Code of medical and sanitary regulations for the guidance of medical officers serving in the Madras Presidency - Volume II
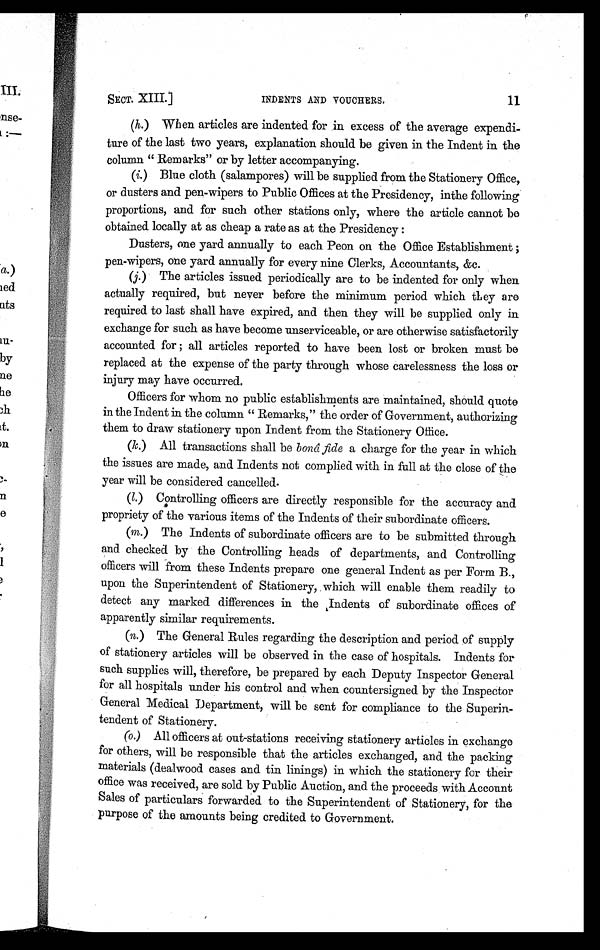
SECT. XIII.]
INDENTS AND VOUCHERS.
11
(h.) When articles are indented for in excess of the average expendi-
ture of the last two years, explanation should be given in the Indent in the
column " Remarks" or by letter accompanying.
(h.)
(i.) Blue cloth (salampores) will be supplied from the Stationery Office,
or dusters and pen-wipers to Public Offices at the Presidency, inthe following
proportions, and for such other stations only, where the article cannot be
obtained locally at as cheap a rate as at the Presidency :
Dusters, one yard annually to each Peon on the Office Establishment ;
pen-wipers, one yard annually for every nine Clerks, Accountants, &c.
(j.) The articles issued periodically are to be indented for only when
actually required, but never before the minimum period which they are
required to last shall have expired, and then they will be supplied only in
exchange for such as have become unserviceable, or are otherwise satisfactorily
accounted for all articles reported to have been lost or broken must be
replaced at the expense of the party through whose carelessness the loss or
injury may have occurred.
Officers for whom no public establishments are maintained, should quote
in the Indent in the column " Remarks," the order of Government, authorizing
them to draw stationery upon Indent from the Stationery Office.
(k. ) All transactions shall be bonâ fide a charge for the year in which
the issues are made, and Indents not complied with in full at the close of the
year will be considered cancelled.
( l. ) Controlling officers are directly responsible for the accuracy and
propriety of the various items of the Indents of their subordinate officers.
(m.) The Indents of subordinate officers are to be submitted through
and checked by the Controlling heads of departments, and Controlling
officers will from these Indents prepare one general Indent as per Form B.,
upon the Superintendent of Stationery, which will enable them readily to
detect any marked differences in the Indents of subordinate offices of
apparently similar requirements.
(n.) The General Rules regarding the description and period of supply
of stationery articles will be observed in the case of hospitals. Indents for
such supplies will, therefore, be prepared by each Deputy Inspector General
for all hospitals under his control and when countersigned by the Inspector
General Medical Department, will be sent for compliance to the Superin-
tendent of Stationery.
(o.) All officers at out-stations receiving stationery articles in exchange
for others, will be responsible that the articles exchanged, and the packing
materials (dealwood cases and tin linings) in which the stationery for their
office was received, are sold by Public Auction, and the proceeds with Account
Sales of particulars forwarded to the Superintendent of Stationery, for the
purpose of the amounts being credited to Government.